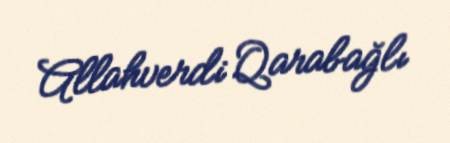
Allahverdi Qarabağlı